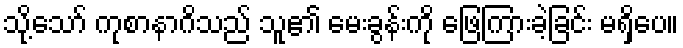
သို့သော် ကုစာနာဂိသည် သူ၏ မေးခွန်းကို ဖြေကြားခဲ့ခြင်း မရှိပေ။